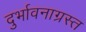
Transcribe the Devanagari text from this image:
दुर्भावनाग्रस्त